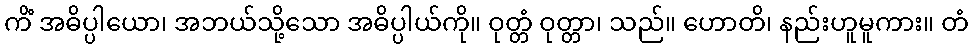
ကိံ အဓိပ္ပါယော၊ အဘယ်သို့သော အဓိပ္ပါယ်ကို။ ဝုတ္တံ ဝုတ္တာ၊ သည်။ ဟောတိ၊ နည်းဟူမူကား။ တံ